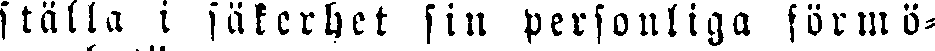
ställa i säkerhet sin personliga förmö-